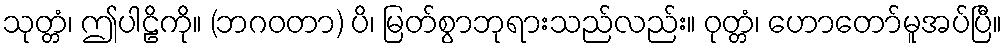
သုတ္တံ၊ ဤပါဠိကို။ (ဘဂဝတာ) ပိ၊ မြတ်စွာဘုရားသည်လည်း။ ဝုတ္တံ၊ ဟောတော်မူအပ်ပြီ။